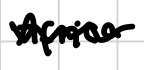
Text: Africa
Cross-out: zig-zag
Writing tool: digital_black